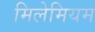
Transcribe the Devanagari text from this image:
मिलेमियम